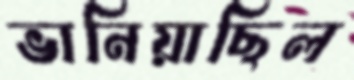
ভানিয়াছিল